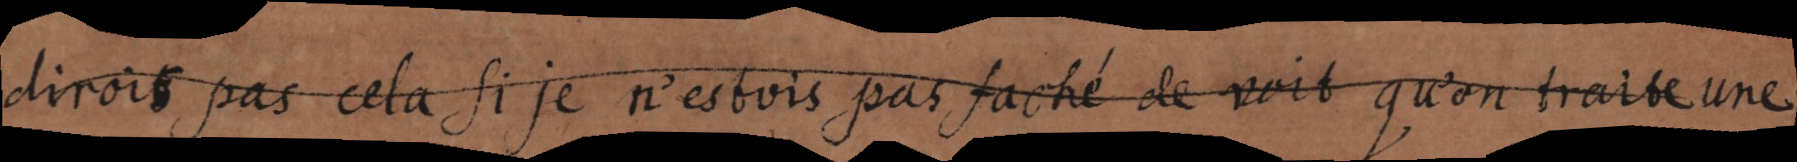
dirois pas cela si je n’estois pas faché de voir qu’on traite une